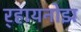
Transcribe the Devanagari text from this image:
र्‍हायनोझ